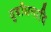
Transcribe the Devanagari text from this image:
दुर्योधनादि